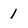
Character: 1